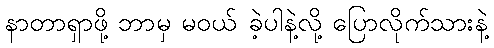
နာတာရှာဖို့ ဘာမှ မဝယ် ခဲ့ပါနဲ့လို့ ပြောလိုက်သားနဲ့